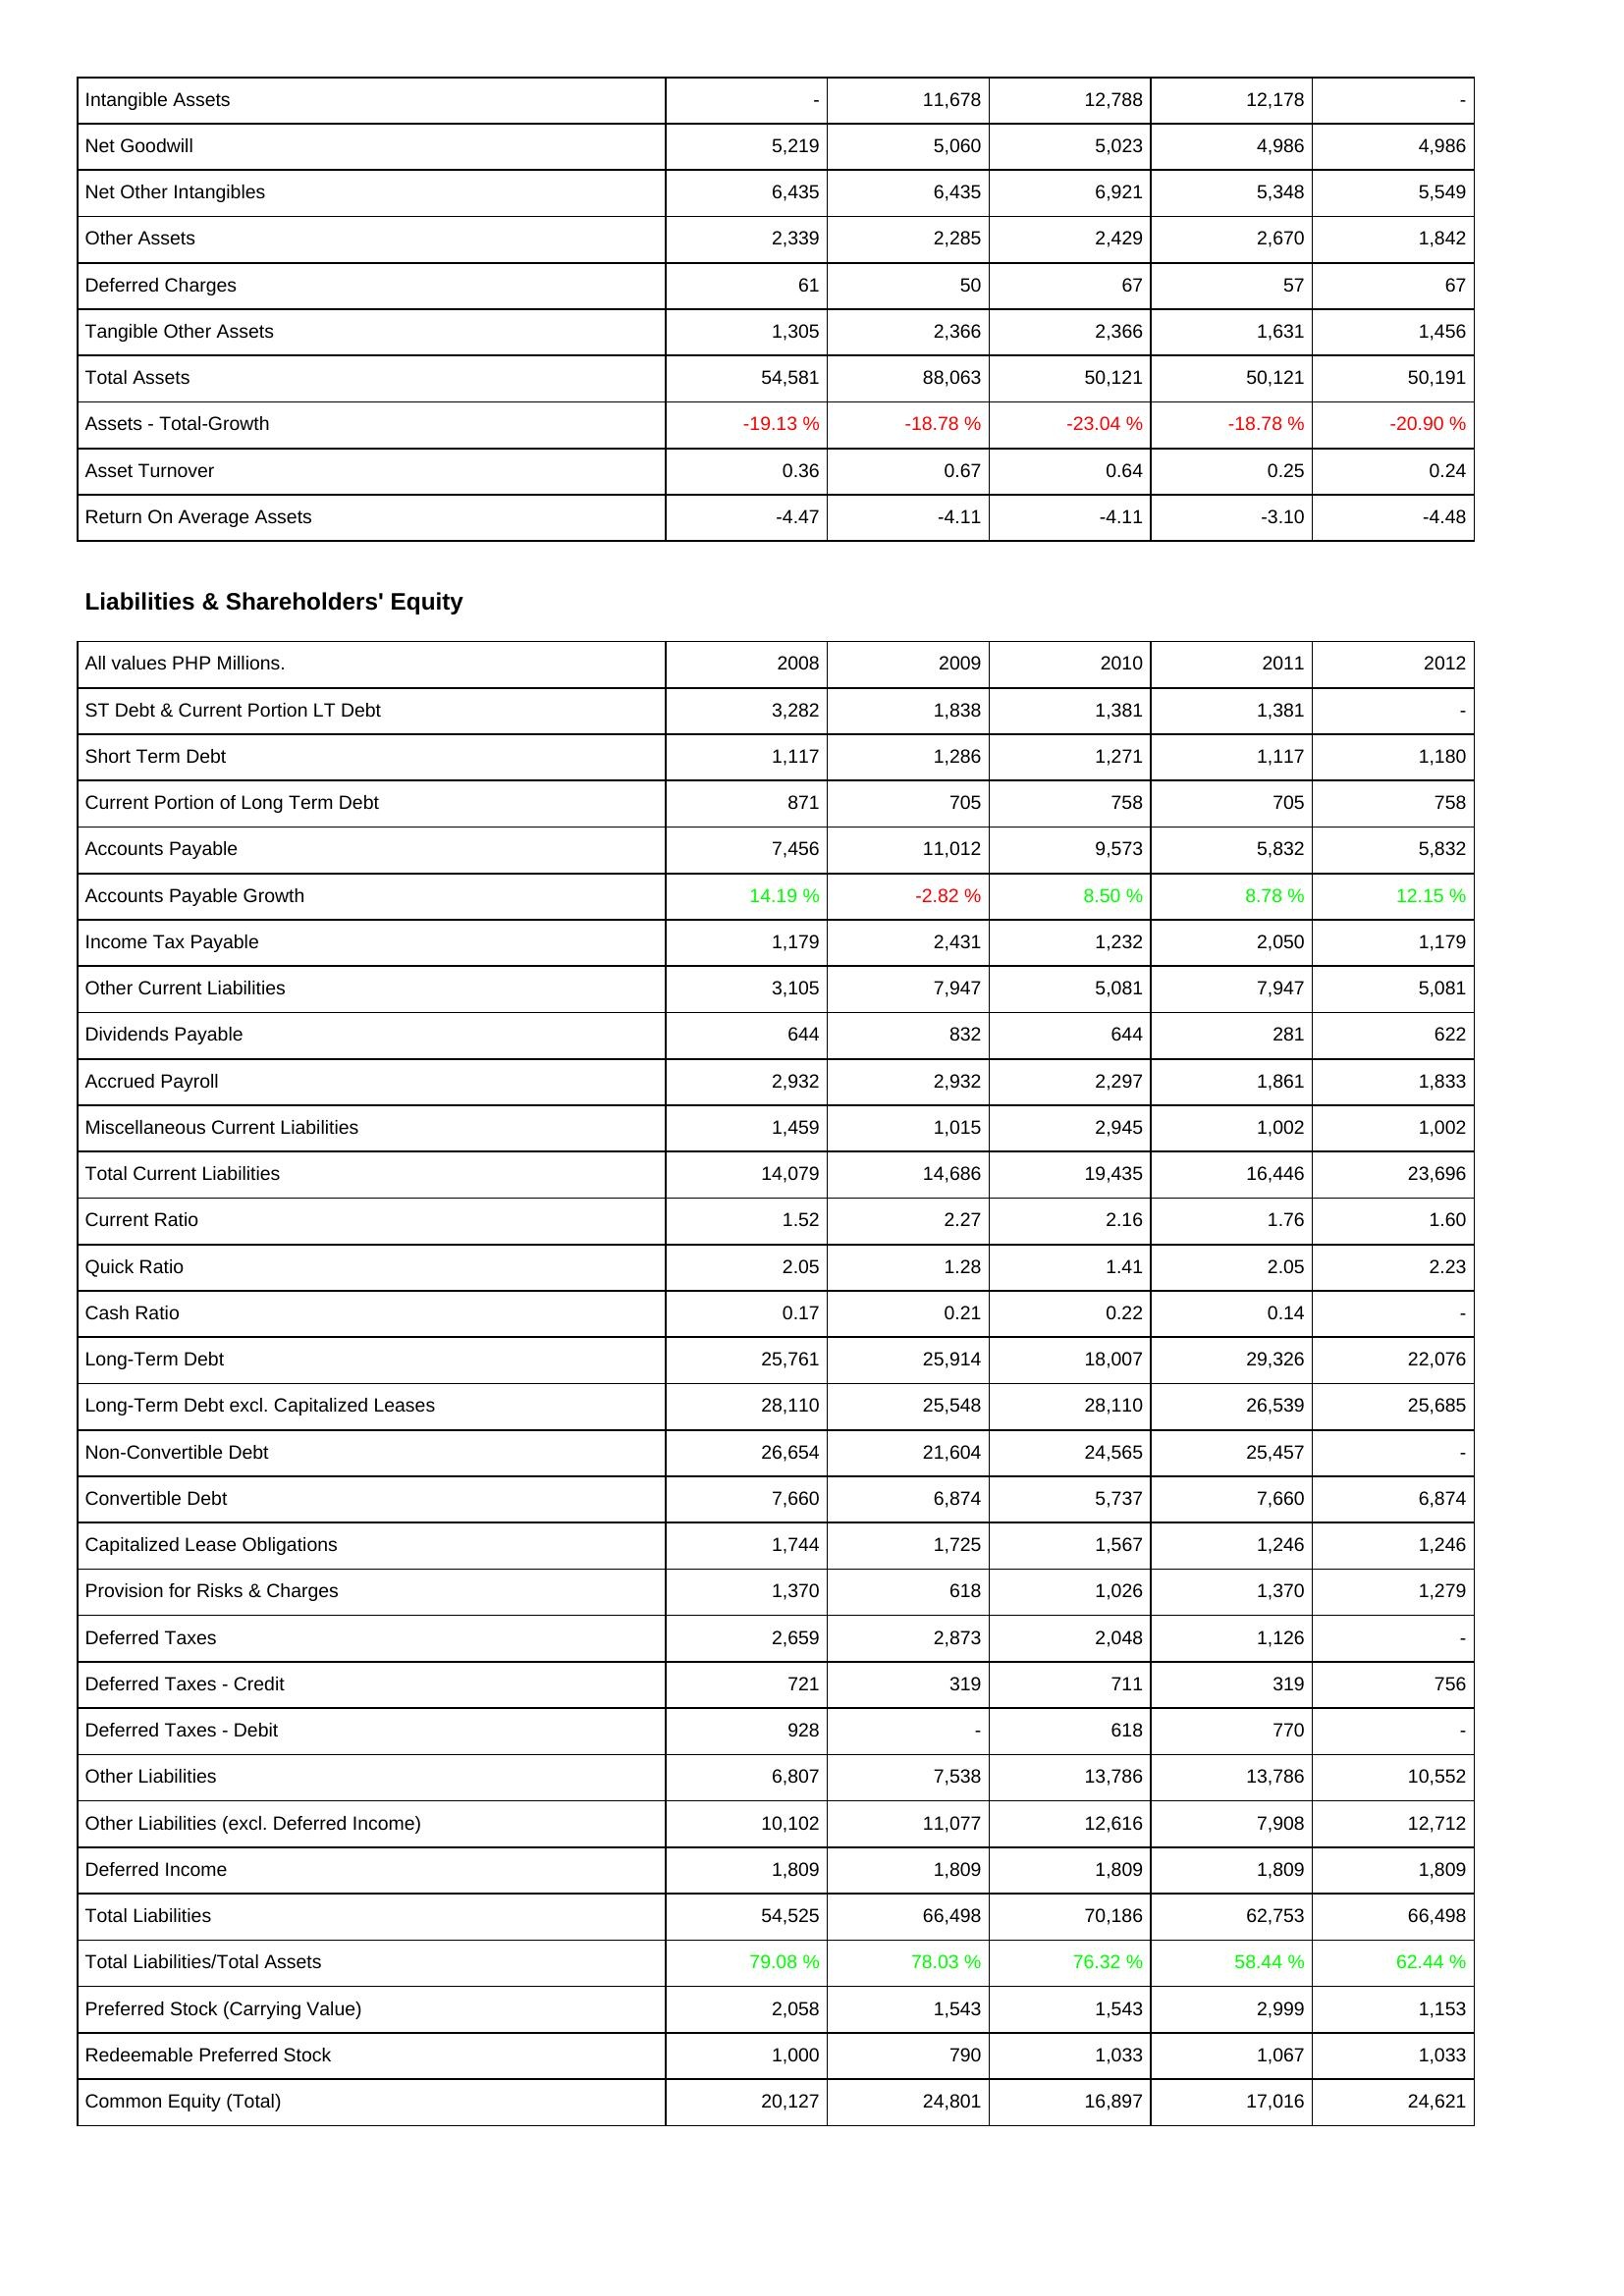
2008: Assets: Intangible Assets: -
Net Goodwill: 5,219
Net Other Intangibles: 6,435
Other Assets: 2,339
Deferred Charges: 61
Tangible Other Assets: 1,305
Total Assets: 54,581
Assets - Total-Growth: -19.13 %
Asset Turnover: 0.36
Return On Average Assets: -4.47
Liabilities & Shareholders' Equity: ST Debt & Current Portion LT Debt: 3,282
Short Term Debt: 1,117
Current Portion of Long Term Debt: 871
Accounts Payable: 7,456
Accounts Payable Growth: 14.19 %
Income Tax Payable: 1,179
Other Current Liabilities: 3,105
Dividends Payable: 644
Accrued Payroll: 2,932
Miscellaneous Current Liabilities: 1,459
Total Current Liabilities: 14,079
Current Ratio: 1.52
Quick Ratio: 2.05
Cash Ratio: 0.17
Long-Term Debt: 25,761
Long-Term Debt excl. Capitalized Leases: 28,110
Non-Convertible Debt: 26,654
Convertible Debt: 7,660
Capitalized Lease Obligations: 1,744
Provision for Risks & Charges: 1,370
Deferred Taxes: 2,659
Deferred Taxes - Credit: 721
Deferred Taxes - Debit: 928
Other Liabilities: 6,807
Other Liabilities (excl. Deferred Income): 10,102
Deferred Income: 1,809
Total Liabilities: 54,525
Total Liabilities/Total Assets: 79.08 %
Preferred Stock (Carrying Value): 2,058
Redeemable Preferred Stock: 1,000
Common Equity (Total): 20,127
2009: Assets: Intangible Assets: 11,678
Net Goodwill: 5,060
Net Other Intangibles: 6,435
Other Assets: 2,285
Deferred Charges: 50
Tangible Other Assets: 2,366
Total Assets: 88,063
Assets - Total-Growth: -18.78 %
Asset Turnover: 0.67
Return On Average Assets: -4.11
Liabilities & Shareholders' Equity: ST Debt & Current Portion LT Debt: 1,838
Short Term Debt: 1,286
Current Portion of Long Term Debt: 705
Accounts Payable: 11,012
Accounts Payable Growth: -2.82 %
Income Tax Payable: 2,431
Other Current Liabilities: 7,947
Dividends Payable: 832
Accrued Payroll: 2,932
Miscellaneous Current Liabilities: 1,015
Total Current Liabilities: 14,686
Current Ratio: 2.27
Quick Ratio: 1.28
Cash Ratio: 0.21
Long-Term Debt: 25,914
Long-Term Debt excl. Capitalized Leases: 25,548
Non-Convertible Debt: 21,604
Convertible Debt: 6,874
Capitalized Lease Obligations: 1,725
Provision for Risks & Charges: 618
Deferred Taxes: 2,873
Deferred Taxes - Credit: 319
Deferred Taxes - Debit: -
Other Liabilities: 7,538
Other Liabilities (excl. Deferred Income): 11,077
Deferred Income: 1,809
Total Liabilities: 66,498
Total Liabilities/Total Assets: 78.03 %
Preferred Stock (Carrying Value): 1,543
Redeemable Preferred Stock: 790
Common Equity (Total): 24,801
2010: Assets: Intangible Assets: 12,788
Net Goodwill: 5,023
Net Other Intangibles: 6,921
Other Assets: 2,429
Deferred Charges: 67
Tangible Other Assets: 2,366
Total Assets: 50,121
Assets - Total-Growth: -23.04 %
Asset Turnover: 0.64
Return On Average Assets: -4.11
Liabilities & Shareholders' Equity: ST Debt & Current Portion LT Debt: 1,381
Short Term Debt: 1,271
Current Portion of Long Term Debt: 758
Accounts Payable: 9,573
Accounts Payable Growth: 8.50 %
Income Tax Payable: 1,232
Other Current Liabilities: 5,081
Dividends Payable: 644
Accrued Payroll: 2,297
Miscellaneous Current Liabilities: 2,945
Total Current Liabilities: 19,435
Current Ratio: 2.16
Quick Ratio: 1.41
Cash Ratio: 0.22
Long-Term Debt: 18,007
Long-Term Debt excl. Capitalized Leases: 28,110
Non-Convertible Debt: 24,565
Convertible Debt: 5,737
Capitalized Lease Obligations: 1,567
Provision for Risks & Charges: 1,026
Deferred Taxes: 2,048
Deferred Taxes - Credit: 711
Deferred Taxes - Debit: 618
Other Liabilities: 13,786
Other Liabilities (excl. Deferred Income): 12,616
Deferred Income: 1,809
Total Liabilities: 70,186
Total Liabilities/Total Assets: 76.32 %
Preferred Stock (Carrying Value): 1,543
Redeemable Preferred Stock: 1,033
Common Equity (Total): 16,897
2011: Assets: Intangible Assets: 12,178
Net Goodwill: 4,986
Net Other Intangibles: 5,348
Other Assets: 2,670
Deferred Charges: 57
Tangible Other Assets: 1,631
Total Assets: 50,121
Assets - Total-Growth: -18.78 %
Asset Turnover: 0.25
Return On Average Assets: -3.10
Liabilities & Shareholders' Equity: ST Debt & Current Portion LT Debt: 1,381
Short Term Debt: 1,117
Current Portion of Long Term Debt: 705
Accounts Payable: 5,832
Accounts Payable Growth: 8.78 %
Income Tax Payable: 2,050
Other Current Liabilities: 7,947
Dividends Payable: 281
Accrued Payroll: 1,861
Miscellaneous Current Liabilities: 1,002
Total Current Liabilities: 16,446
Current Ratio: 1.76
Quick Ratio: 2.05
Cash Ratio: 0.14
Long-Term Debt: 29,326
Long-Term Debt excl. Capitalized Leases: 26,539
Non-Convertible Debt: 25,457
Convertible Debt: 7,660
Capitalized Lease Obligations: 1,246
Provision for Risks & Charges: 1,370
Deferred Taxes: 1,126
Deferred Taxes - Credit: 319
Deferred Taxes - Debit: 770
Other Liabilities: 13,786
Other Liabilities (excl. Deferred Income): 7,908
Deferred Income: 1,809
Total Liabilities: 62,753
Total Liabilities/Total Assets: 58.44 %
Preferred Stock (Carrying Value): 2,999
Redeemable Preferred Stock: 1,067
Common Equity (Total): 17,016
2012: Assets: Intangible Assets: -
Net Goodwill: 4,986
Net Other Intangibles: 5,549
Other Assets: 1,842
Deferred Charges: 67
Tangible Other Assets: 1,456
Total Assets: 50,191
Assets - Total-Growth: -20.90 %
Asset Turnover: 0.24
Return On Average Assets: -4.48
Liabilities & Shareholders' Equity: ST Debt & Current Portion LT Debt: -
Short Term Debt: 1,180
Current Portion of Long Term Debt: 758
Accounts Payable: 5,832
Accounts Payable Growth: 12.15 %
Income Tax Payable: 1,179
Other Current Liabilities: 5,081
Dividends Payable: 622
Accrued Payroll: 1,833
Miscellaneous Current Liabilities: 1,002
Total Current Liabilities: 23,696
Current Ratio: 1.60
Quick Ratio: 2.23
Cash Ratio: -
Long-Term Debt: 22,076
Long-Term Debt excl. Capitalized Leases: 25,685
Non-Convertible Debt: -
Convertible Debt: 6,874
Capitalized Lease Obligations: 1,246
Provision for Risks & Charges: 1,279
Deferred Taxes: -
Deferred Taxes - Credit: 756
Deferred Taxes - Debit: -
Other Liabilities: 10,552
Other Liabilities (excl. Deferred Income): 12,712
Deferred Income: 1,809
Total Liabilities: 66,498
Total Liabilities/Total Assets: 62.44 %
Preferred Stock (Carrying Value): 1,153
Redeemable Preferred Stock: 1,033
Common Equity (Total): 24,621